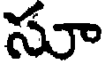
సూ